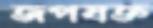
জপযজ্ঞ